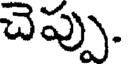
చెప్పు.